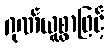
ဂုဏ်ယူစွာဖြင့်